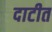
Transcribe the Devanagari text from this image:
दाटीत